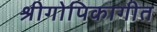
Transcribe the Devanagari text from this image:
श्रीगोपिकागीत